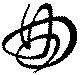
曲